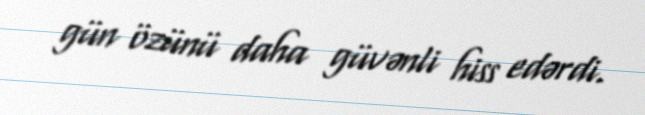
gün özünü daha güvənli hiss edərdi.